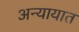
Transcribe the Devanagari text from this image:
अन्यायात